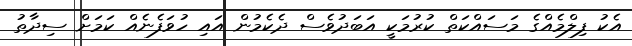
އެކު ފިލްމެއްގެ މަސައްކަތް ކުރުމަކީ އަބަދުވެސް ދެކެމުން އައި ހުވަފެނެއް ކަމަށް ސިދާތު